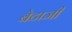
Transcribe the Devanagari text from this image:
बेटाजी